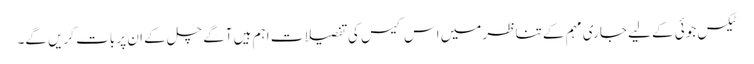
ٹیکس جوئی کے لیے جاری مہم کے تناظر میں اس کیس کی تفصیلات اہم ہیں آگے چل کے ان پر بات کریں گے۔